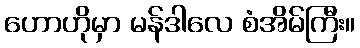
ဟောဟိုမှာ မန်ဒါလေ စံအိမ်ကြီး။